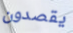
يقصدون